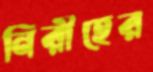
নিরীহের